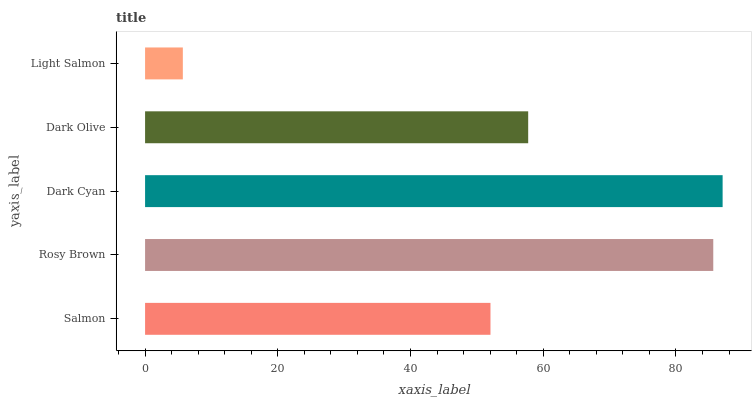
| yaxis_label | bars |
 | --- | --- |
 | Salmon | 52.1 |
 | Rosy Brown | 85.6 |
 | Dark Cyan | 87 |
 | Dark Olive | 57.7 |
 | Light Salmon | 5.69 |